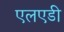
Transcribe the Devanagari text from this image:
एलएडी